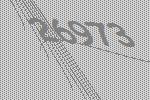
26973